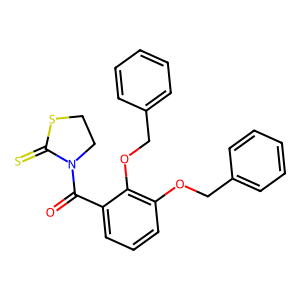
SMILES: O=C(c1cccc(OCc2ccccc2)c1OCc1ccccc1)N1CCSC1=S
Inhibits HIV replication: No